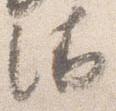
衛